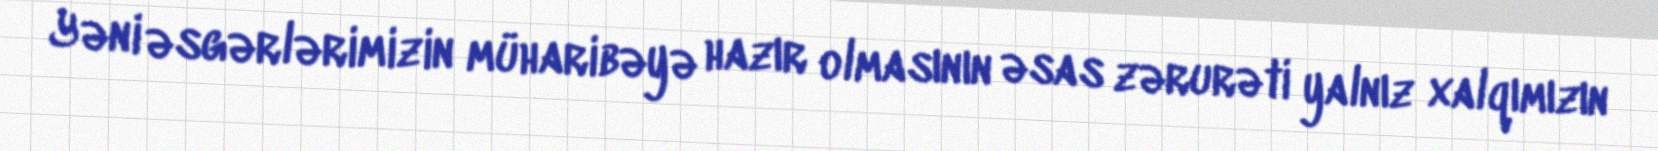
Yəni əsgərlərimizin müharibəyə hazır olmasının əsas zərurəti yalnız xalqımızın